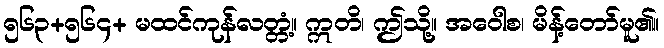
၅၆၃+၅၆၄+ မထင်ကုန်လတ္တံ့။ ဣတိ၊ ဤသို့။ အဝေါစ၊ မိန့်တော်မူ၏။